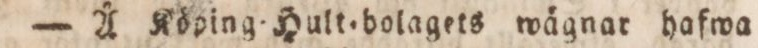
— Å Köping=Hult=bolagets wägnar hafwa